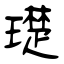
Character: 璴